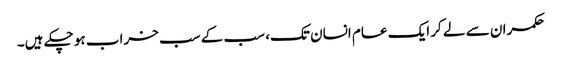
حکمران سے لے کر ایک عام انسان تک، سب کے سب خراب ہو چکے ہیں۔